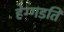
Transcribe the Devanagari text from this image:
हेग्गडति